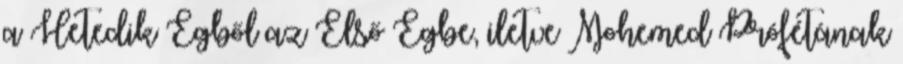
a Hetedik Égből az Első Égbe, iletve Mohemed Prófétának